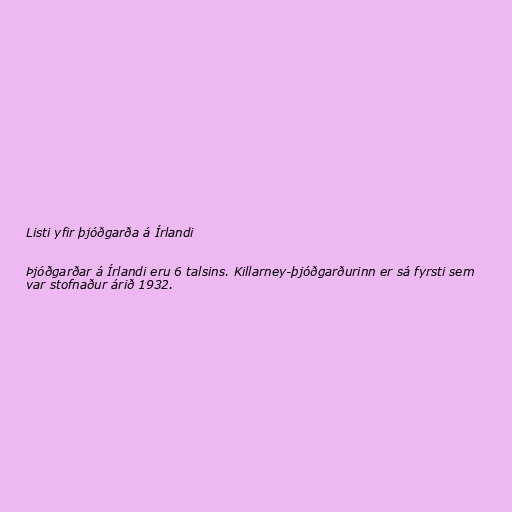
Listi yfir þjóðgarða á Írlandi

Þjóðgarðar á Írlandi eru 6 talsins. Killarney-þjóðgarðurinn er sá fyrsti sem
var stofnaður árið 1932.